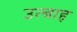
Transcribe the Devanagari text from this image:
उत्बाह